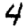
Digit: 4